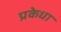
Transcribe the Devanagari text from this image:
प्रकेधा